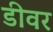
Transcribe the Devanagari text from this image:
डीवर